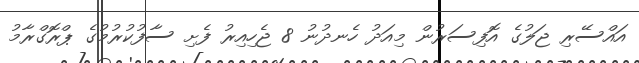
އައްސޭރި ޖަލުގެ އޮފިސަރުން މިއަދު ހެނދުނު 8 ޖެހިއިރު ފެށި ސާފުކުރުމުގެ ޕްރޮގްރާމު